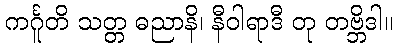
ကင်္ဂူတိ သတ္တ ဓညာနိ၊ နီဝါရာဒီ တု တဗ္ဘိဒါ။